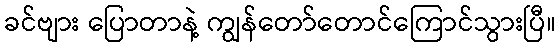
ခင်ဗျား ပြောတာနဲ့ ကျွန်တော်တောင်ကြောင်သွားပြီ။